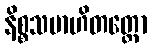
နိစ္စသမာဟိတတ္တော